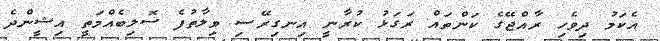
އެކަމު ދިވެހި ރާއްޖޭގެ ކަންތައް ރަގަޅު ކުރާނީ އިނގިރޭސި ވިލާތުފެ ސޮލިބެއްމަތީ އިޝީންދެ